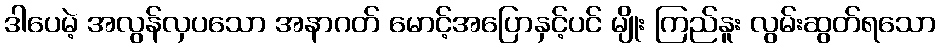
ဒါပေမဲ့ အလွန်လှပသော အနာဂတ် မောင့်အပြောနှင့်ပင် မျိုး ကြည်နူး လွမ်းဆွတ်ရသော